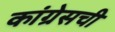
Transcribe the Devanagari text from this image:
कांग्रेसची